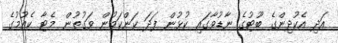
އަދި އެކުދިންގެ ބޫޓުގެ ނާޑުވާގައި ކުޅުން ފަދަ ކަންކަމުން ވަގުތުން މެޓާ ކެއުމުގެ